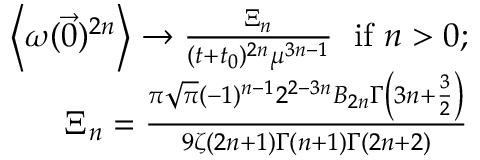
\begin{array} { r l r } & { } & { \left\langle \omega ( \vec { 0 } ) ^ { 2 n } \right\rangle \to \frac { \Xi _ { n } } { ( t + t _ { 0 } ) ^ { 2 n } \mu ^ { 3 n - 1 } } \; \mathrm { ~ i f ~ } n > 0 ; } \\ & { } & { \Xi _ { n } = \frac { \pi \sqrt { \pi } ( - 1 ) ^ { n - 1 } 2 ^ { 2 - 3 n } B _ { 2 n } \Gamma \left( 3 n + \frac { 3 } { 2 } \right) } { 9 \zeta ( 2 n + 1 ) \Gamma ( n + 1 ) \Gamma ( 2 n + 2 ) } } \end{array}